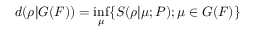
d ( \rho | G ( F ) ) = \operatorname* { i n f } _ { \mu } \{ S ( \rho | \mu ; P ) ; \mu \in G ( F ) \}